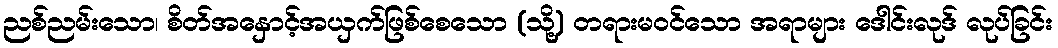
ညစ်ညမ်းသော၊ စိတ်အနှောင့်အယှက်ဖြစ်စေသော (သို့) တရားမဝင်သော အရာများ ဒေါင်းလုဒ် လုပ်ခြင်း